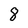
Character: 8